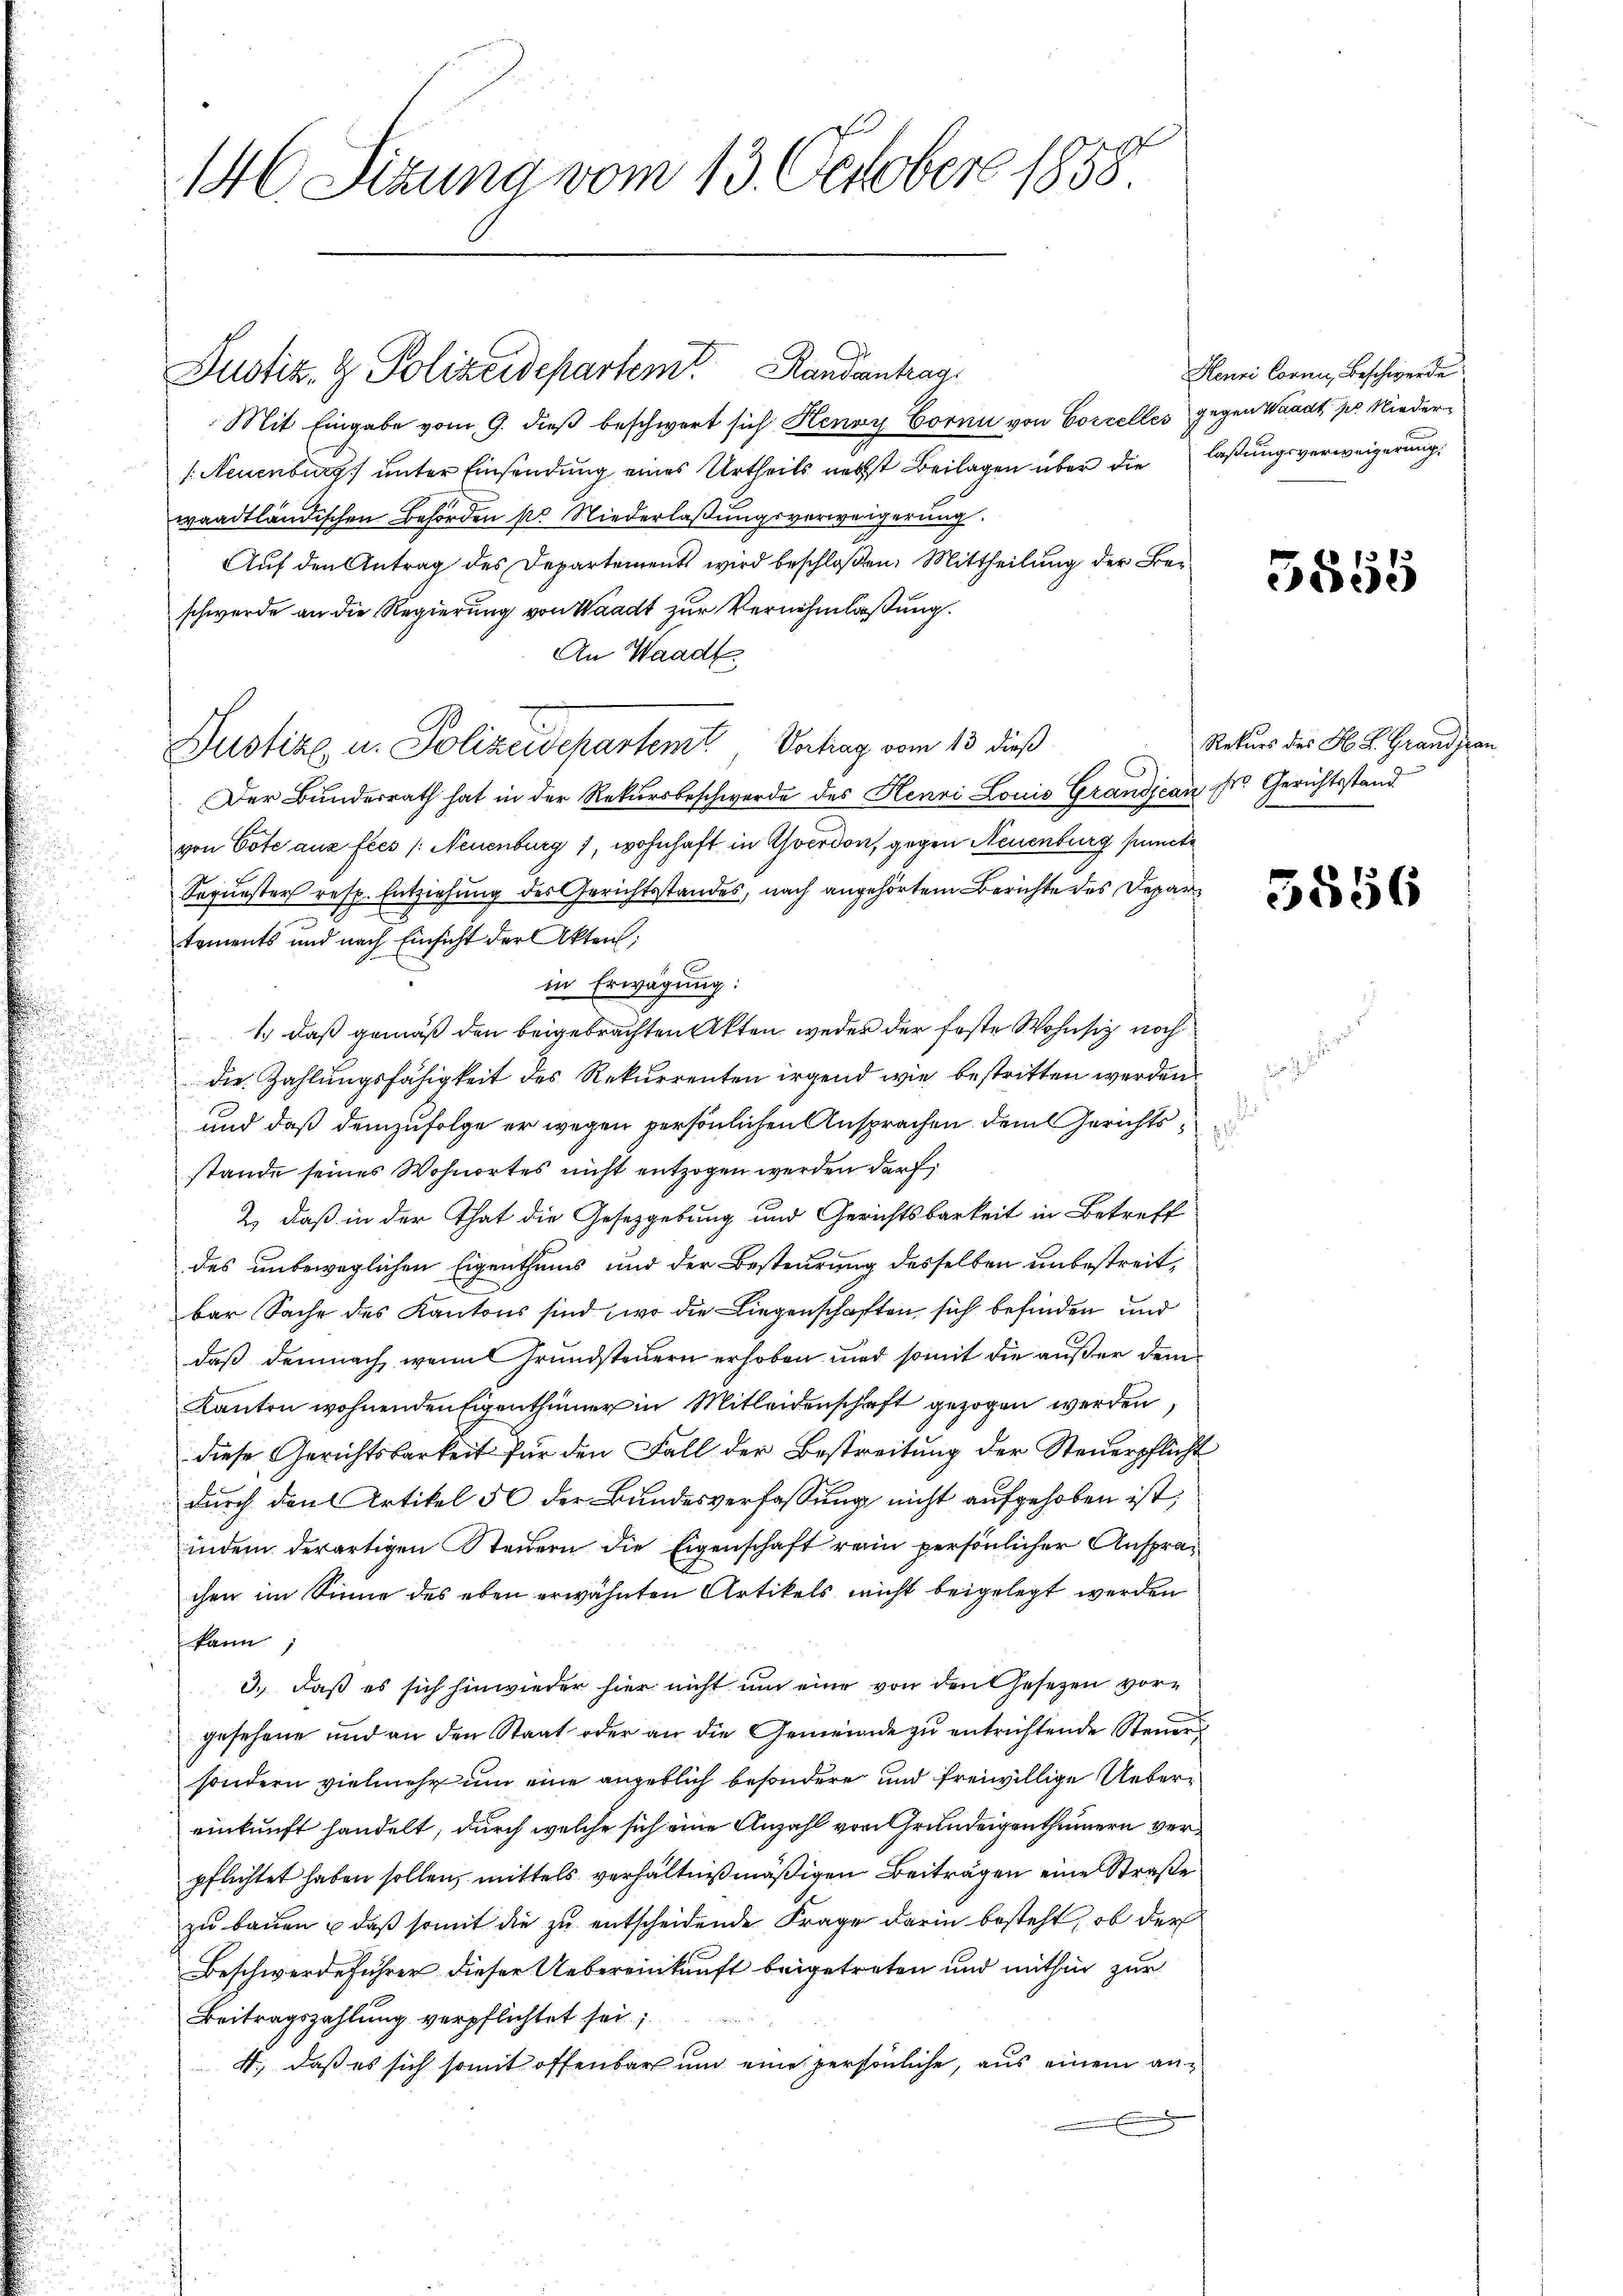
i
.

146. Sitzung vom 13. October 1858.

Mit Eingabe vom 9. dieß beschwert sich Henoy Corni von Coccelles gegen Waadt pr. Nieder
/. Neuenburg) unter Einsendung eines Urtheils nechst Beilagen über die laßungsverweigerung
waadtländischen Behörden so. Niederlaßungsverweigerung.
Auf den Antrag des Departements wird beschloßen: Mittheilung der Ber
schwerde an die Regierung von Waadt zur Vernehmlaßung.
An Waadt
Justiz u. Polizeidchartemt, Verhag vom 13. dieß
Der Bundesrath hat in der Rekursbeschwerde des Henri Louis Grandjean sr. Gerichtsstand
von Cote aus fees /: Neuenburg 1, wohnhaft in Yverdon, gegen Neuenburg puncte
Sequester resp. Entziehung des Gerichtsstandes, nach angehörtem Berichte des Departements und nach Einsicht der Akten;
in Erwägung:
1.) Daß gemäß den beigebrachten Akten weder der feste Wohnsitz noch
die Zahlungsfähigkeit des Rekurrenten irgend wie bestritten werden
und daß demzufolge er wegen persönlichen Ansprachen dem Gerichtsstande seines Wohnortes nicht entzogen werden darf,
2.) Daß in der That die Gesetzgebung und Gerichtsbarkeit in Betreff
des unbeweglichen Eigenthums und der Besteurung desselben unbestreit,
bar Sache des Kantons sind, wo die Liegenschaften sich befinden und
daß demnach, wenn Grundsteuern erhoben und somit die außer dem
Kanton wohnenden Eigenthümer in Mitleidenschaft gezogen werden
diese Gerichtsbarkeit für den Fall der Bestreitung der Steuerpflicht
durch den Artikel 50 der Bundesverfassung nicht aufgehoben ist,
indem derartigen Steuern die Eigenschaft rein persönlicher Ansprachen im Sinne des eben erwähnten Artikels nicht beigelegt werden
kann
3., daß es sich hinwieder hier nicht um eine von den Gesetzen vorgesehene und an den Staat oder an die Gemeinde zu entrichtende Steuers
sondern vielmehr um eine angeblich besondere und freiwillige Uebereinkunft handelt, durch welche sich eine Anzahl von Grundeigenthümern verpflichtet haben sollen, mittels verhältnißmäßigen Beiträgen eine Straße
zu bauen, daß somit die zu entscheidende Frage darin besteht, ob der
Beschwerdeführer dieser Uebereinkunft beigetreten und mithin zur
Beitragszahlung verpflichtet sei;
4., daß es sich somit offenbar um eine persönliche, aus einem an¬

Justiz- & Polizeidepartemt. Randantrag

Henri Corner, Beschwerde

5855

Rekurs des H. L. Grandjean

5556